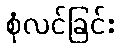
စုံလင်ခြင်း